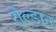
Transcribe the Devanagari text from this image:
रोल्डान